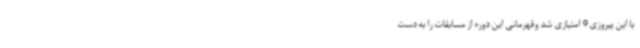
با این پیروزی 9 امتیازی شد وقهرمانی این دوره از مسابقات را به دست